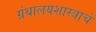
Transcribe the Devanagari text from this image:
ग्रंथालयशास्त्राचे